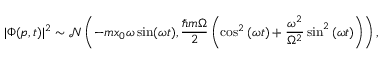
| \Phi ( p , t ) | ^ { 2 } \sim { \mathcal { N } } \left( - m x _ { 0 } \omega \sin ( \omega t ) , { \frac { \hbar m \Omega } { 2 } } \left( \cos ^ { 2 } { ( \omega t ) } + { \frac { \omega ^ { 2 } } { \Omega ^ { 2 } } } \sin ^ { 2 } { ( \omega t ) } \right) \right) ,